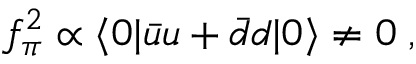
f _ { \pi } ^ { 2 } \propto \langle 0 | \bar { u } u + \bar { d } d | 0 \rangle \neq 0 \; ,